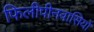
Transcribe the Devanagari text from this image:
फिलीपीनवासियों